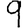
Digit: 9